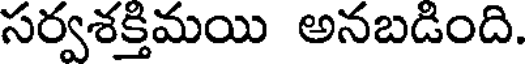
సర్వశక్తిమయి అనబడింది.